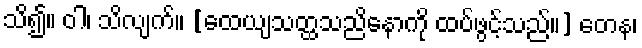
သိ၍။ ဝါ၊ သိလျက်။ [ထေယျသတ္ထသညိနောကို ထပ်ဖွင့်သည်။] တေန၊